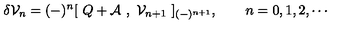
\delta { \cal { V } } _ { n } = ( - ) ^ { n } [ \ Q + { \cal { A } } \ , \ { \cal { V } } _ { n + 1 } \ ] _ { ( - ) ^ { n + 1 } } , \qquad n = 0 , 1 , 2 , \cdots